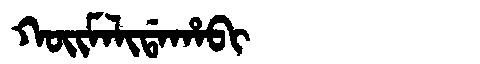
Manchu: ᡴᠣᡳᠮᠠᠯᡳᡩᠠᡥᠠᠪᡳ
Romanization: KOIMALIDAHABI